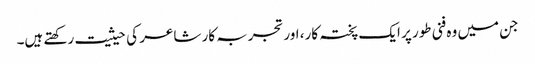
جن میں وہ فنی طور پر ایک پختہ کار، اور تجربہ کار شاعر کی حیثیت رکھتے ہیں۔